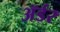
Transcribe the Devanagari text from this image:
ॲर्डर